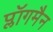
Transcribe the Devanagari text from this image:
प्लॉगमैन